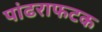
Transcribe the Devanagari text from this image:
पांढराफटक